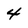
Character: 4